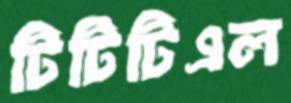
টিটিটিএল